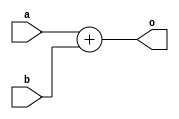
module padded_add(input a, input b, output [1:0] o);
	assign o = a + b;
endmodule